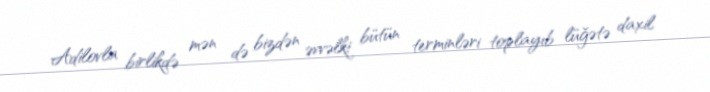
Adilovla birlikdə mən də bizdən əvvəlki bütün terminləri toplayıb lüğətə daxil